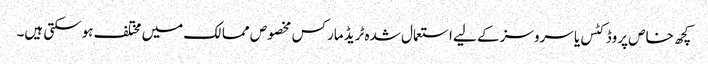
کچھ خاص پروڈکٹس یا سروسز کے لیے استعمال شدہ ٹریڈ مارکس مخصوص ممالک میں مختلف ہوسکتی ہیں۔